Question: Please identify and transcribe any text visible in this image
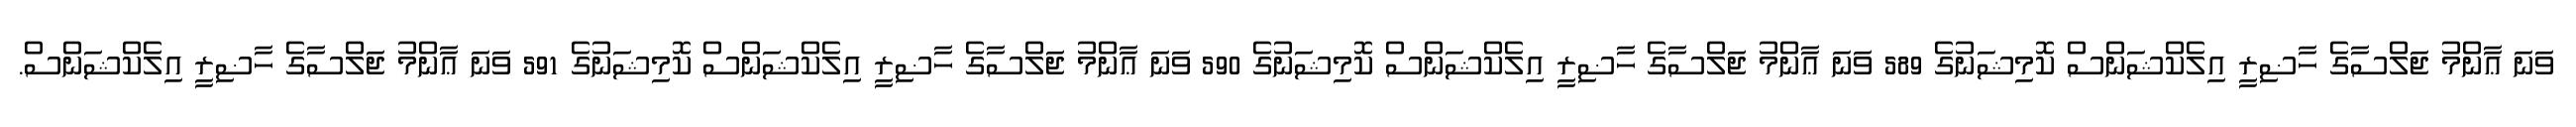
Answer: ވަނަ ޢާންމު ޖަލްސާގެ ހާޟިރީ އިލެކްޝަންސް ކޮމިޝަނުގެ 589 ވަނަ ޢާންމު ޖަލްސާގެ ހާޟިރީ އިލެކްޝަންސް ކޮމިޝަނުގެ 590 ވަނަ ޢާންމު ޖަލްސާގެ ހާޟިރީ އިލެކްޝަންސް ކޮމިޝަނުގެ 591 ވަނަ ޢާންމު ޖަލްސާގެ ހާޟިރީ އިލެކްޝަންސް.